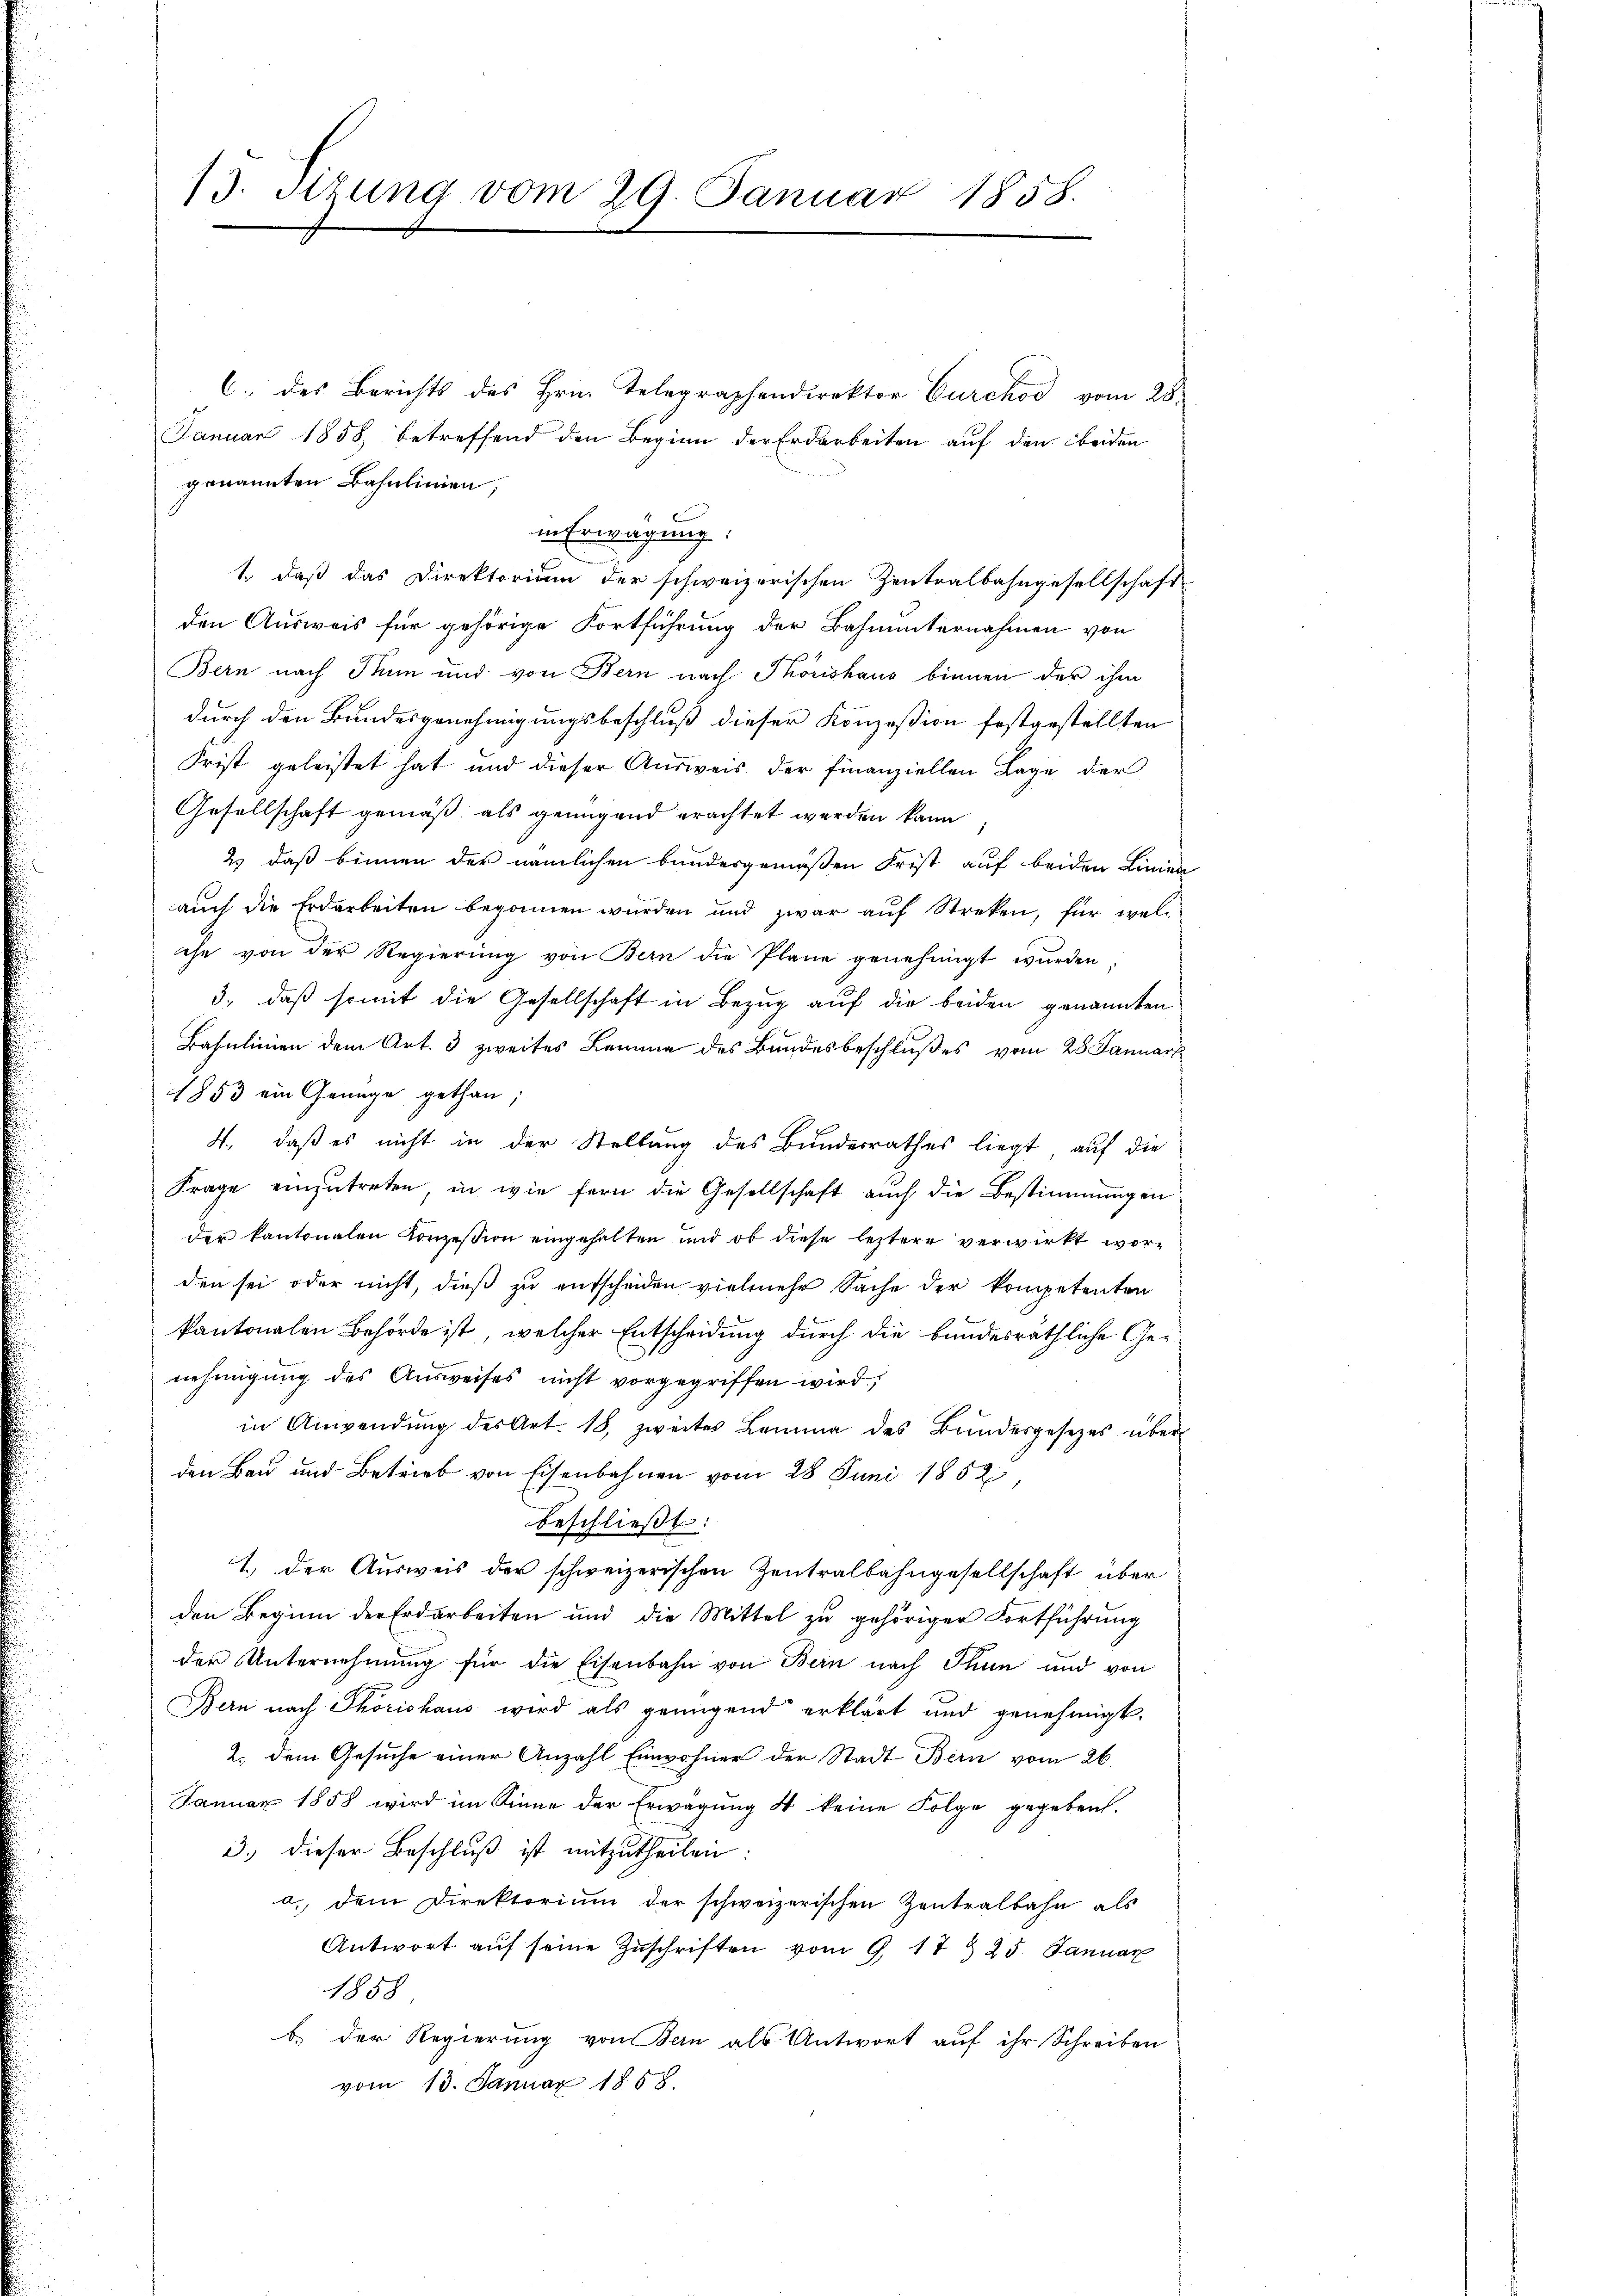
13. Situng vom 29. Januar 1858.

C. des Berichts des Hrn. Telegraphendirektor Curckod vom 28.
Januar 1858 betreffend den Beginn der Erdarbeiten auf den beiden
genannten Bahnlinien,
in Erwägung:
1., daß das Direktorium der schweizerischen Zentralbahngesellschaft
den Ausweis für gehörige Fortführung der Bahnunternahmen von
Bern nach Thun und von Bern nach Thorishaus binnen der ihm
durch den Bundesgenehmigungsbeschluß dieser Konzession festgestellten
Frist geleistet hat und dieser Ausweis der finanziellen Lage der
Gesellschaft gemäß als genügend erachtet werden kann
2.) daß binnen der nämlichen bundesgemäßen Frist auf beiden Linien
auch die Erdarbeiten begonnen wurden und zwar auf Streken, für welche von der Regierŭng von Bern die Pläne genehmigt wurden.
3., daß somit die Gesellschaft in Bezug auf die beiden genannten
Basulinien dem Art. 3 zweites Lemme des Bundesbeschlußes vom 28. Januar
1853 ein Genüge gethan;
4., daß es nicht in der Stellung des Bundesrathes liegt, auf die
Frage einzŭtreten, in wie fern die Gesellschaft auch die Bestimmungen
der kantonalen Konzession eingehalten und ob diese leztere verwirkt worden sei oder nicht, dieß zu entscheiden vielmehr Sache der kompetenten
kantonalen Behörde ist, welcher Entscheidung durch die bundesräthliche Genehmigung des Ausweises nicht vorgegriffen wird,
in Anwendŭng des Art. 18, zweites Lemma des Bŭndesgesetzes über
den Bau und Betrieb von Eisenbahnen vom 28 Juni 1852,
beschließt:
1.) Der Ausweis der schweizerischen Zentralbahngesellschaft über
den Beginn der Erdarbeiten und die Mittel zu gehöriger Fortführung
der Unternehmung für die Eisenbahn von Bern nach Thun und von
Bern nach Thorishaus wird als genügend erklärt und genehmigt.
2. dem Gesuche einer Anzahl Einwohner der Stadt Bern vom 26.
Januar 1858 wird im Sinne der Erwägung 4 keine Folge gegeben.
3. dieser Beschlŭβ ist mitzutheilen:
a. dem Direktorium der schweizerischen Zentralbahn als
Antwort aŭf seine Zŭschriften vom 9. 17 § 25. Januar
1858
b.) Der Regierung von Bern als Antwort auf ihr Schreiben
vom 13. Januar 1858.